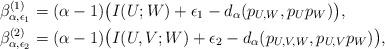
LaTeX: \begin{align*}\beta^{(1)}_{\alpha,\epsilon_1}&=(\alpha - 1) \big( I(U;W) + \epsilon_1 - d_{\alpha}(p_{U,W}, p_U p_W) \big),\\\beta^{(2)}_{\alpha,\epsilon_2}&=(\alpha - 1) \big( I(U,V;W) + \epsilon_2 - d_{\alpha}(p_{U,V,W}, p_{U,V} p_W) \big),\end{align*}